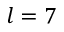
l = 7